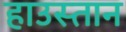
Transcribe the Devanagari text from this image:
हाउस्तान